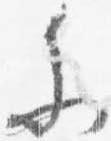
参